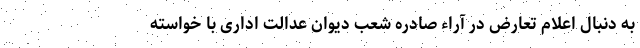
به دنبال اعلام تعارض در آراء صادره شعب دیوان عدالت اداری با خواسته